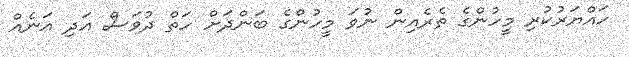
ހައްޔަރުކުރި މީހުންގެ ތެރެއިން ނުވަ މީހުންގެ ބަންދަށް ހަތް ދުވަސް އަދި އަނެއް